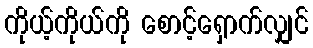
ကိုယ့်ကိုယ်ကို စောင့်ရှောက်လျှင်